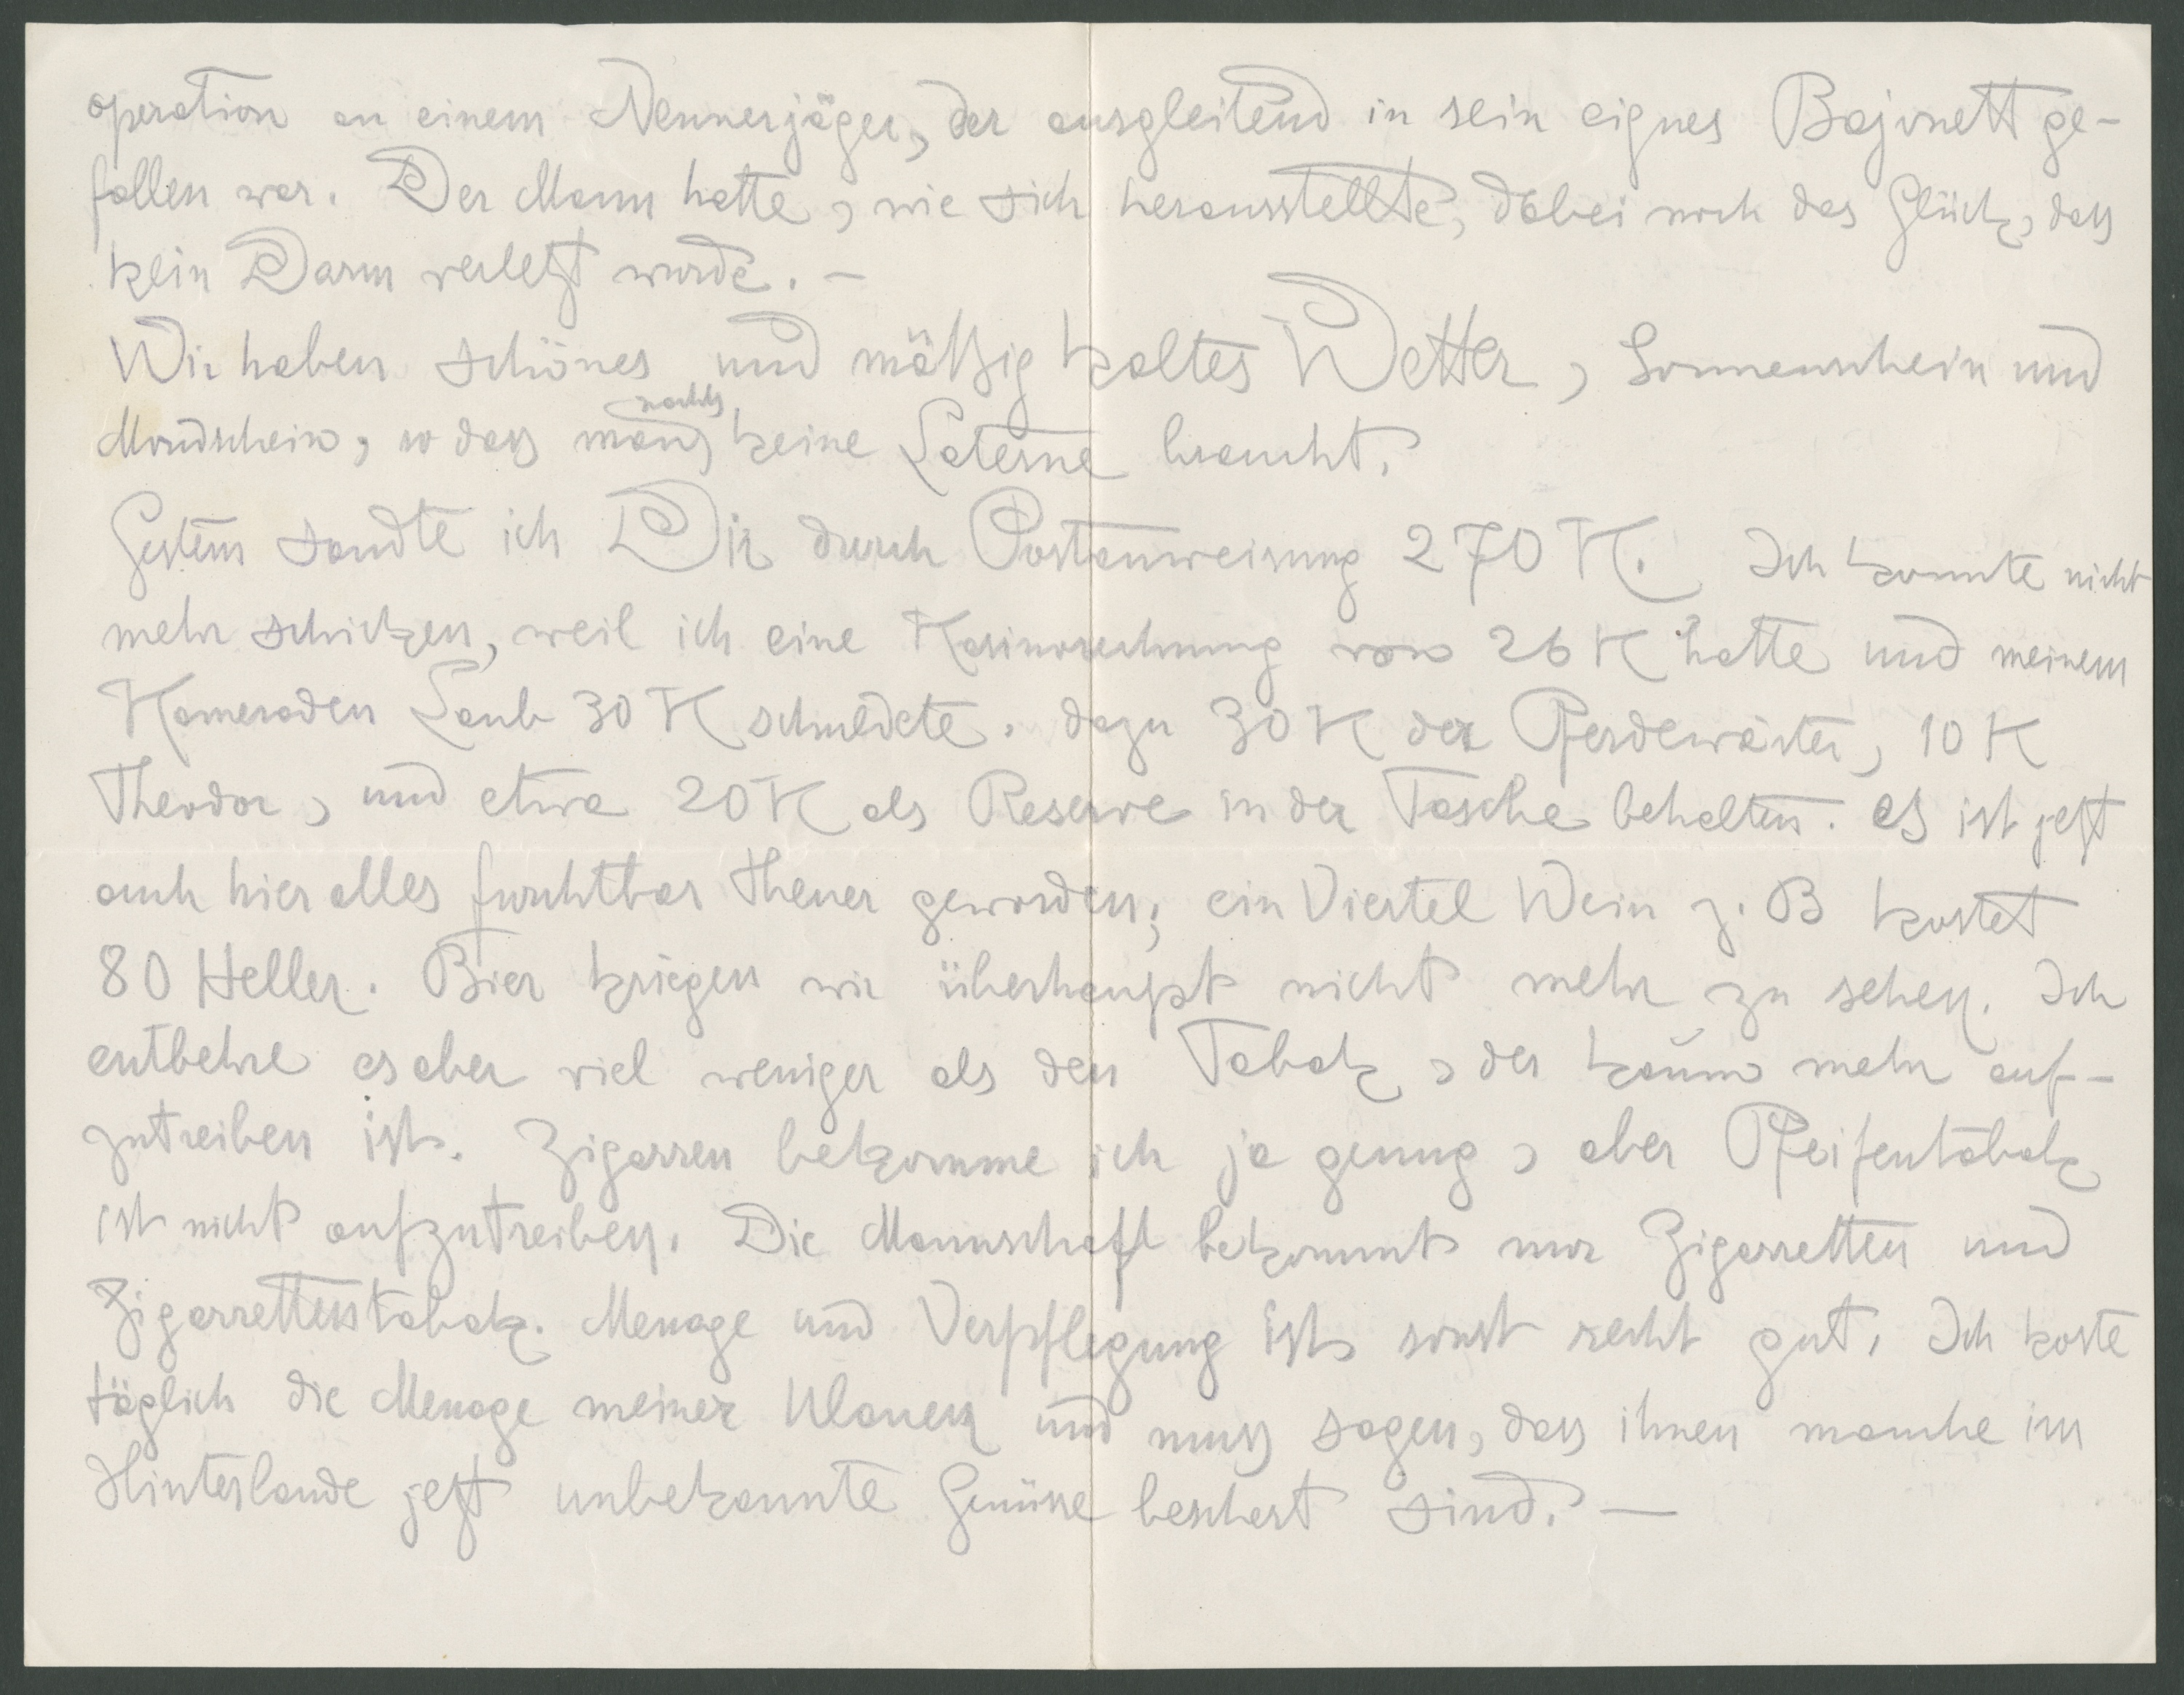
operation an einem Neunerjäger, der ausgleitend in sein eignes Bajonett ge-
fallen war. Der Mann hatte, wie sich herausstellte, dabei noch das Glück, dass
kein Darm verletzt wurde.
Wir haben schönes und mäßig kaltes Wetter, Sonnenschein und
nachts
Mondschein, so dass man keine Laterne braucht.
Gestern sandte ich Dir durch Postanweisung 270K. Ich konnte nicht
mehr schicken, weil ich eine Kasinorechnung von 26K hatte und meinem
Kameraden Laub 30K schuldete, dazu 30K der Pferdewärter, 10K
Theodor, und etwa 20K als Reserve in der Tasche behalten. Es ist jetzt
auch hier alles furchtbar theuer geworden, ein Viertel Wein z.B. kostet 80
80 Heller. Bier kriegen wir überhaupt nicht mehr zu sehen. Ich
entbehre es aber viel weniger als den Tabak, der kaum mehr auf-
zutreiben ist. Zigarren bekomme ich ja genug, aber Pfeifentabak
ist nicht mehr aufzutreiben. Die Mannschaft bekommt nur Zigaretten und
Zigarrettentabak. Menage und Verpflegung ist sonst recht gut. Ich koste
täglich die Menage meiner Ulanen und muss sagen, dass ihnen manche im
Hinterlande jetzt unbekannte Gemüse beschert sind